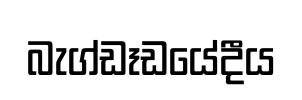
බැග්ඩෑඩයේදීය